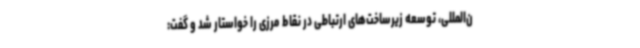
ن‌المللی، توسعه زیرساخت‌های ارتباطی در نقاط مرزی را خواستار شد و گفت: